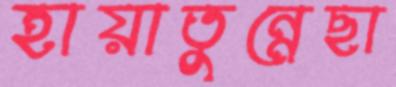
হায়াতুন্নেছা